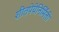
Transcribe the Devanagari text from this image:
शीतपेयेनिर्मिती